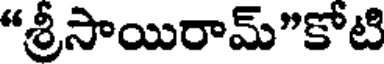
"శ్రీసాయిరామ్"కోటి